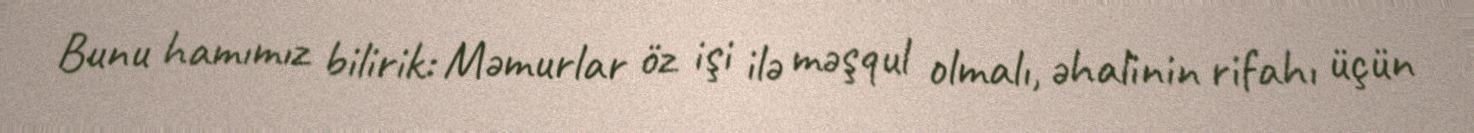
Bunu hamımız bilirik: Məmurlar öz işi ilə məşqul olmalı, əhalinin rifahı üçün